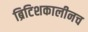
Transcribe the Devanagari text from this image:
ब्रिटिशकालीनच